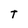
Character: T